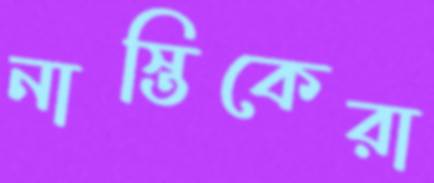
নাস্তিকেরা